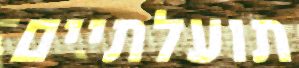
תועלתיים